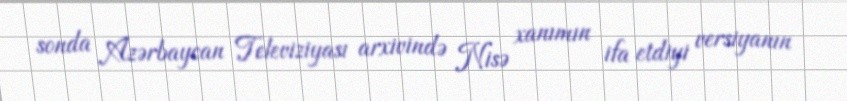
sonda Azərbaycan Televiziyası arxivində Nisə xanımın ifa etdiyi versiyanın